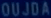
OUJOA